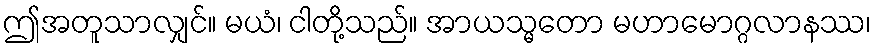
ဤအတူသာလျှင်။ မယံ၊ ငါတို့သည်။ အာယသ္မတော မဟာမောဂ္ဂလာနဿ၊